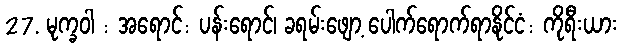
27. မုက္ခဝါ : အရောင်: ပန်းရောင်၊ ခရမ်းဖျော့ ပေါက်ရောက်ရာနိုင်ငံ: ကိုရီးယား